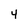
Character: 4